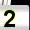
Digit: 2